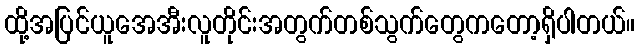
ထို့အပြင်ယူအေအီးလူတိုင်းအတွက်တစ်သွက်တွေကတော့ရှိပါတယ်။